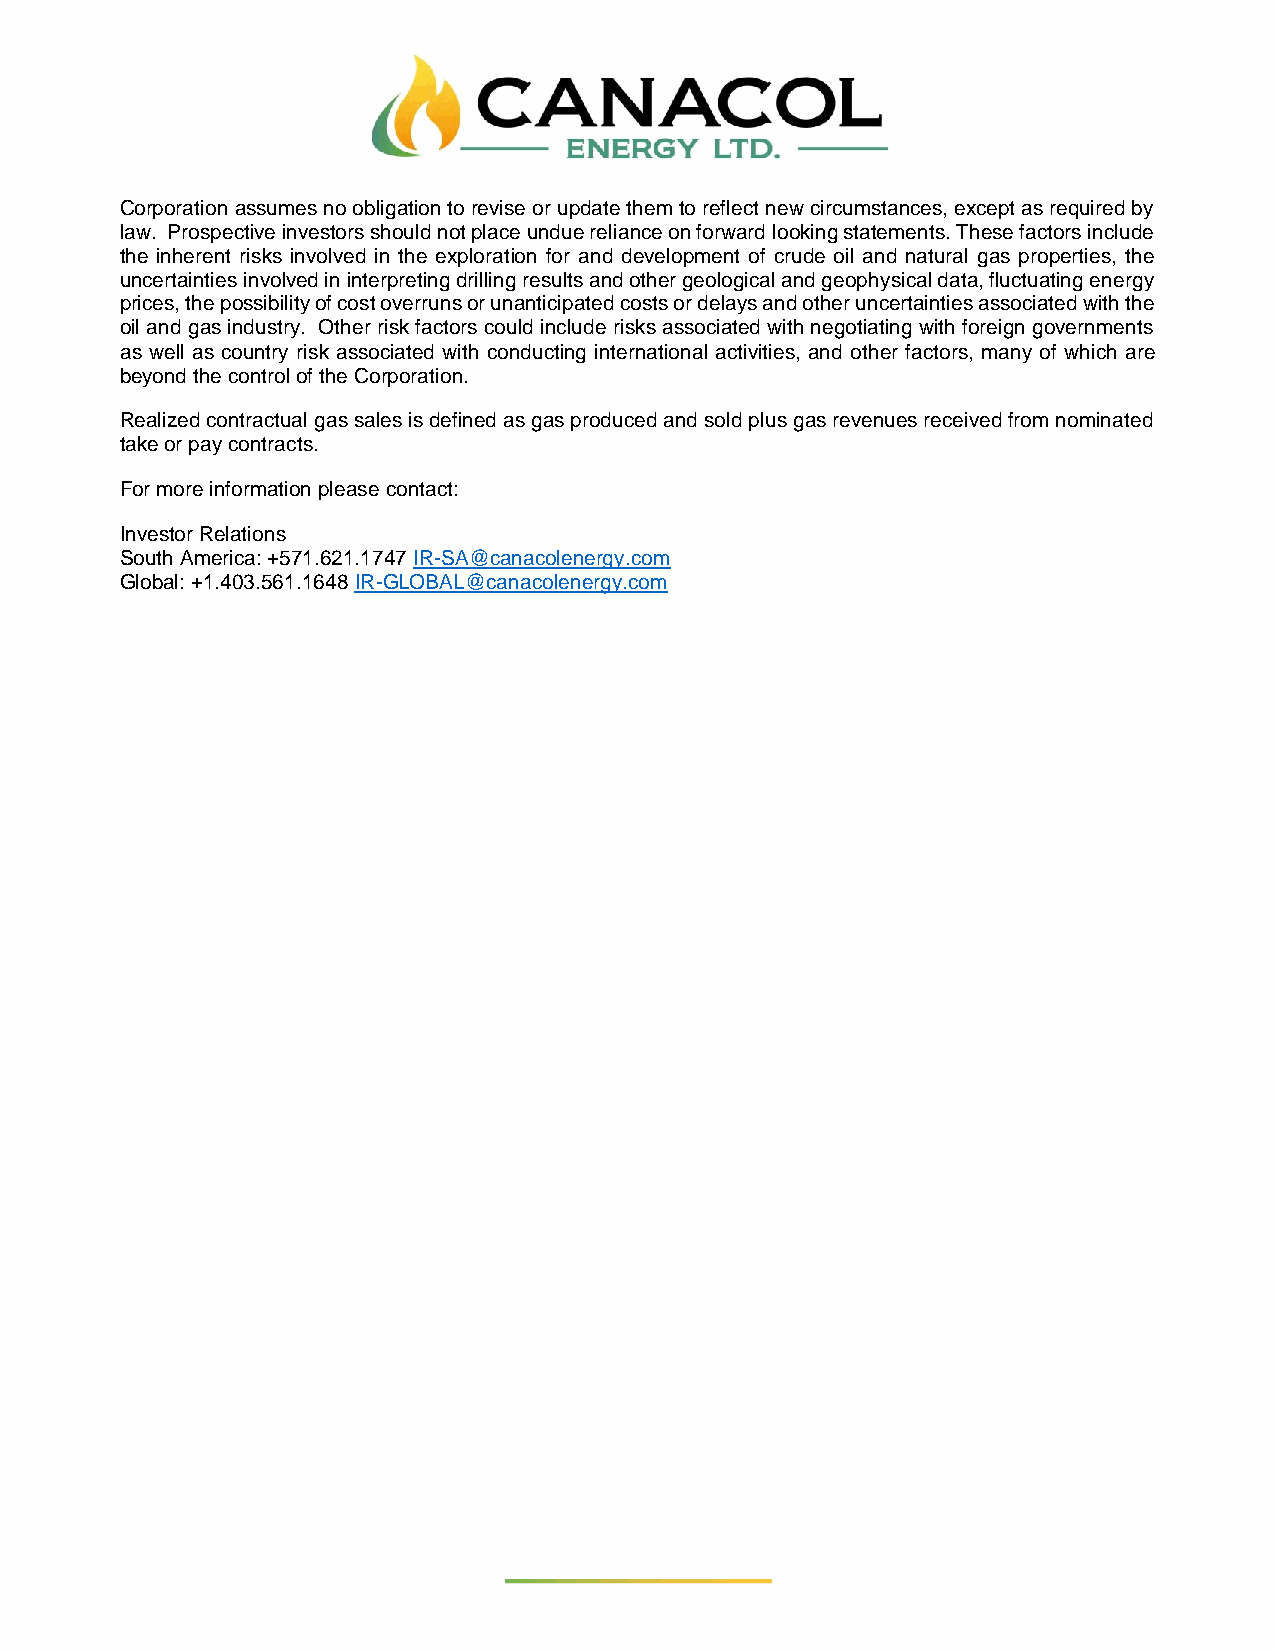
Corporation assumes no obligation to revise or update them to reflect new circumstances, except as required by
 law. Prospective investors should not place undue reliance on forward looking statements. These factors include
 the inherent risks involved in the exploration for and development of crude oil and natural gas properties, the
 uncertainties involved in interpreting drilling results and other geological and geophysical data, fluctuating energy
 prices, the possibility of cost overruns or unanticipated costs or delays and other uncertainties associated with the
 oil and gas industry. Other risk factors could include risks associated with negotiating with foreign governments
 as well as country risk associated with conducting international activities, and other factors, many of which are
 beyond the control of the Corporation.
 Realized contractual gas sales is defined as gas produced and sold plus gas revenues received from nominated
 take or pay contracts.
 For more information please contact:
 Investor Relations
 South America: +571.621.1747 IR-SA@canacolenergy.com
 Global: +1.403.561.1648 IR-GLOBAL@canacolenergy.com